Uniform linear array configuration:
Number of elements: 8
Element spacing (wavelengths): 0.25
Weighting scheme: hamming
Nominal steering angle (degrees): -15
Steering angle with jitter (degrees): -15.256
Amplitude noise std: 0.05
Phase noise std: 0.05

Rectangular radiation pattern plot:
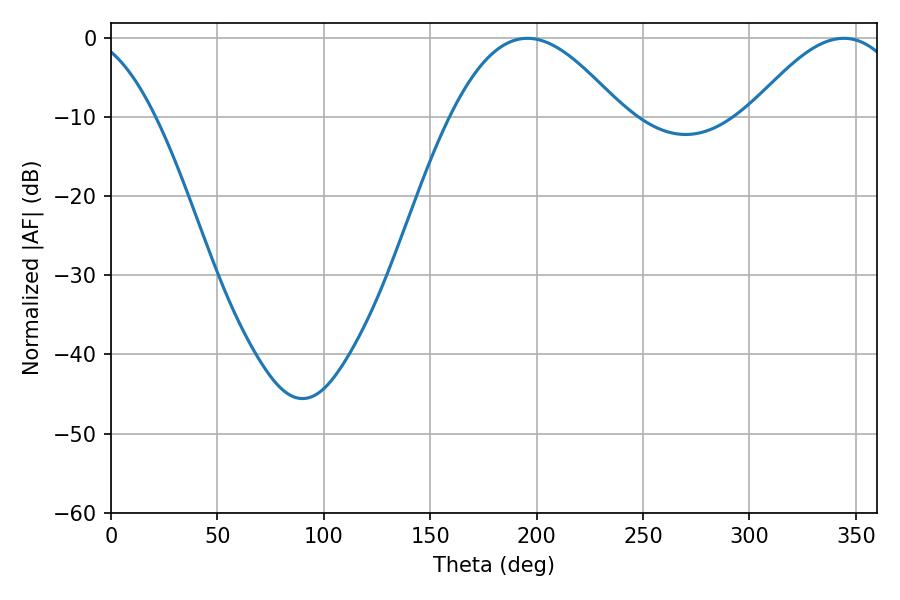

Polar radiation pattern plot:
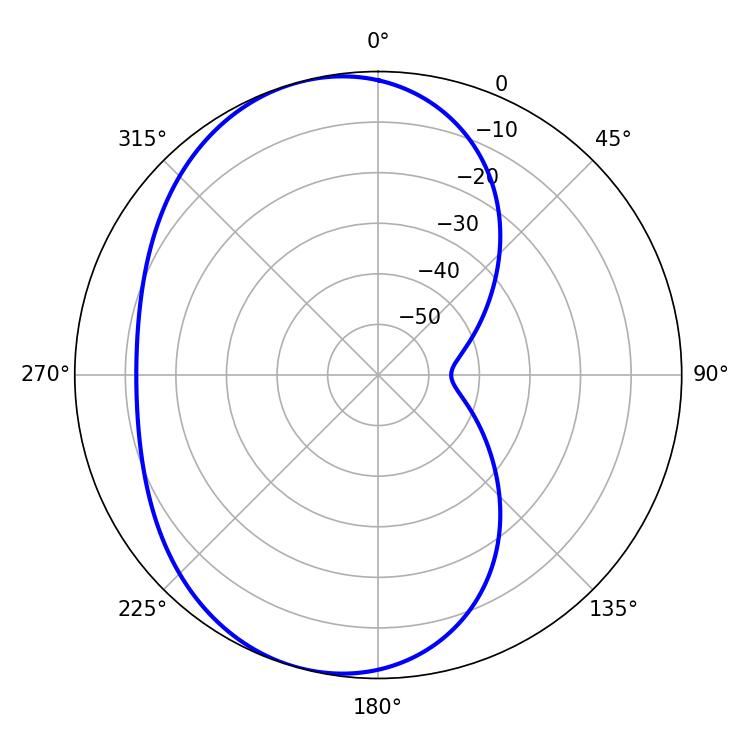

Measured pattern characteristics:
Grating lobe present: FALSE
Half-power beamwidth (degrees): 43.56
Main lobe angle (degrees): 195.66